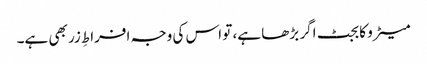
میٹرو کا بجٹ اگر بڑھا ہے، تو اس کی وجہ افراطِ زر بھی ہے۔